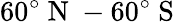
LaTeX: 60^{\circ}\mathrm{~N~}-60^{\circ}\mathrm{~S~}